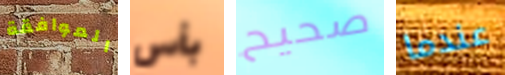
الموافقة بأس صحيح عندما